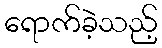
ရောက်ခဲ့သည့်